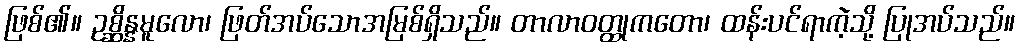
ဖြစ်၏။ ဥစ္ဆိန္နမူလော၊ ဖြတ်အပ်သောအမြစ်ရှိသည်။ တာလာဝတ္ထုကတော၊ ထန်းပင်ရာကဲ့သို့ ပြုအပ်သည်။